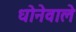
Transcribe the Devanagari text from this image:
धोनेवाले